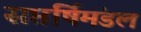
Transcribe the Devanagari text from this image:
सप्तर्षिमंडल